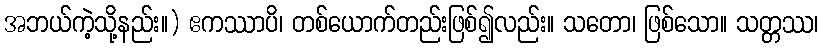
အဘယ်ကဲ့သို့နည်း။) ဧကဿာပိ၊ တစ်ယောက်တည်းဖြစ်၍လည်း။ သတော၊ ဖြစ်သော။ သတ္တဿ၊